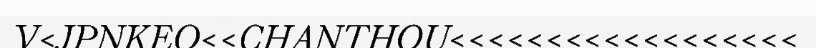
V<JPNKEO<<CHANTHOU<<<<<<<<<<<<<<<<<<